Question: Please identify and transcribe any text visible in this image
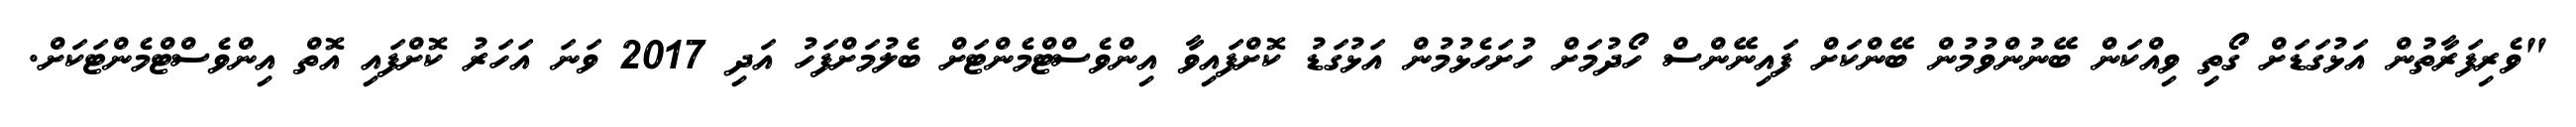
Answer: "ވެރިފަރާތުން އަޅުގަޑަށް ގޯތި ވިއްކަން ބޭނުންވުމުން ބޭންކަށް ފައިނޭންސް ހޯދުމަށް ހުށަހެޅުމުން އަޅުގަޑު ކޮށްފައިވާ އިންވެސްޓްމެންޓަށް ބެލުމަށްފަހު އަދި 2017 ވަނަ އަހަރު ކޮށްފައި އޮތް އިންވެސްޓްމެންޓަކަށް.